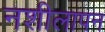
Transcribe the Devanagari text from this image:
नशीलापन